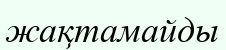
жақтамайды